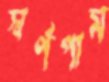
স্বর্ণপাম